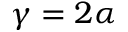
\gamma = 2 \alpha